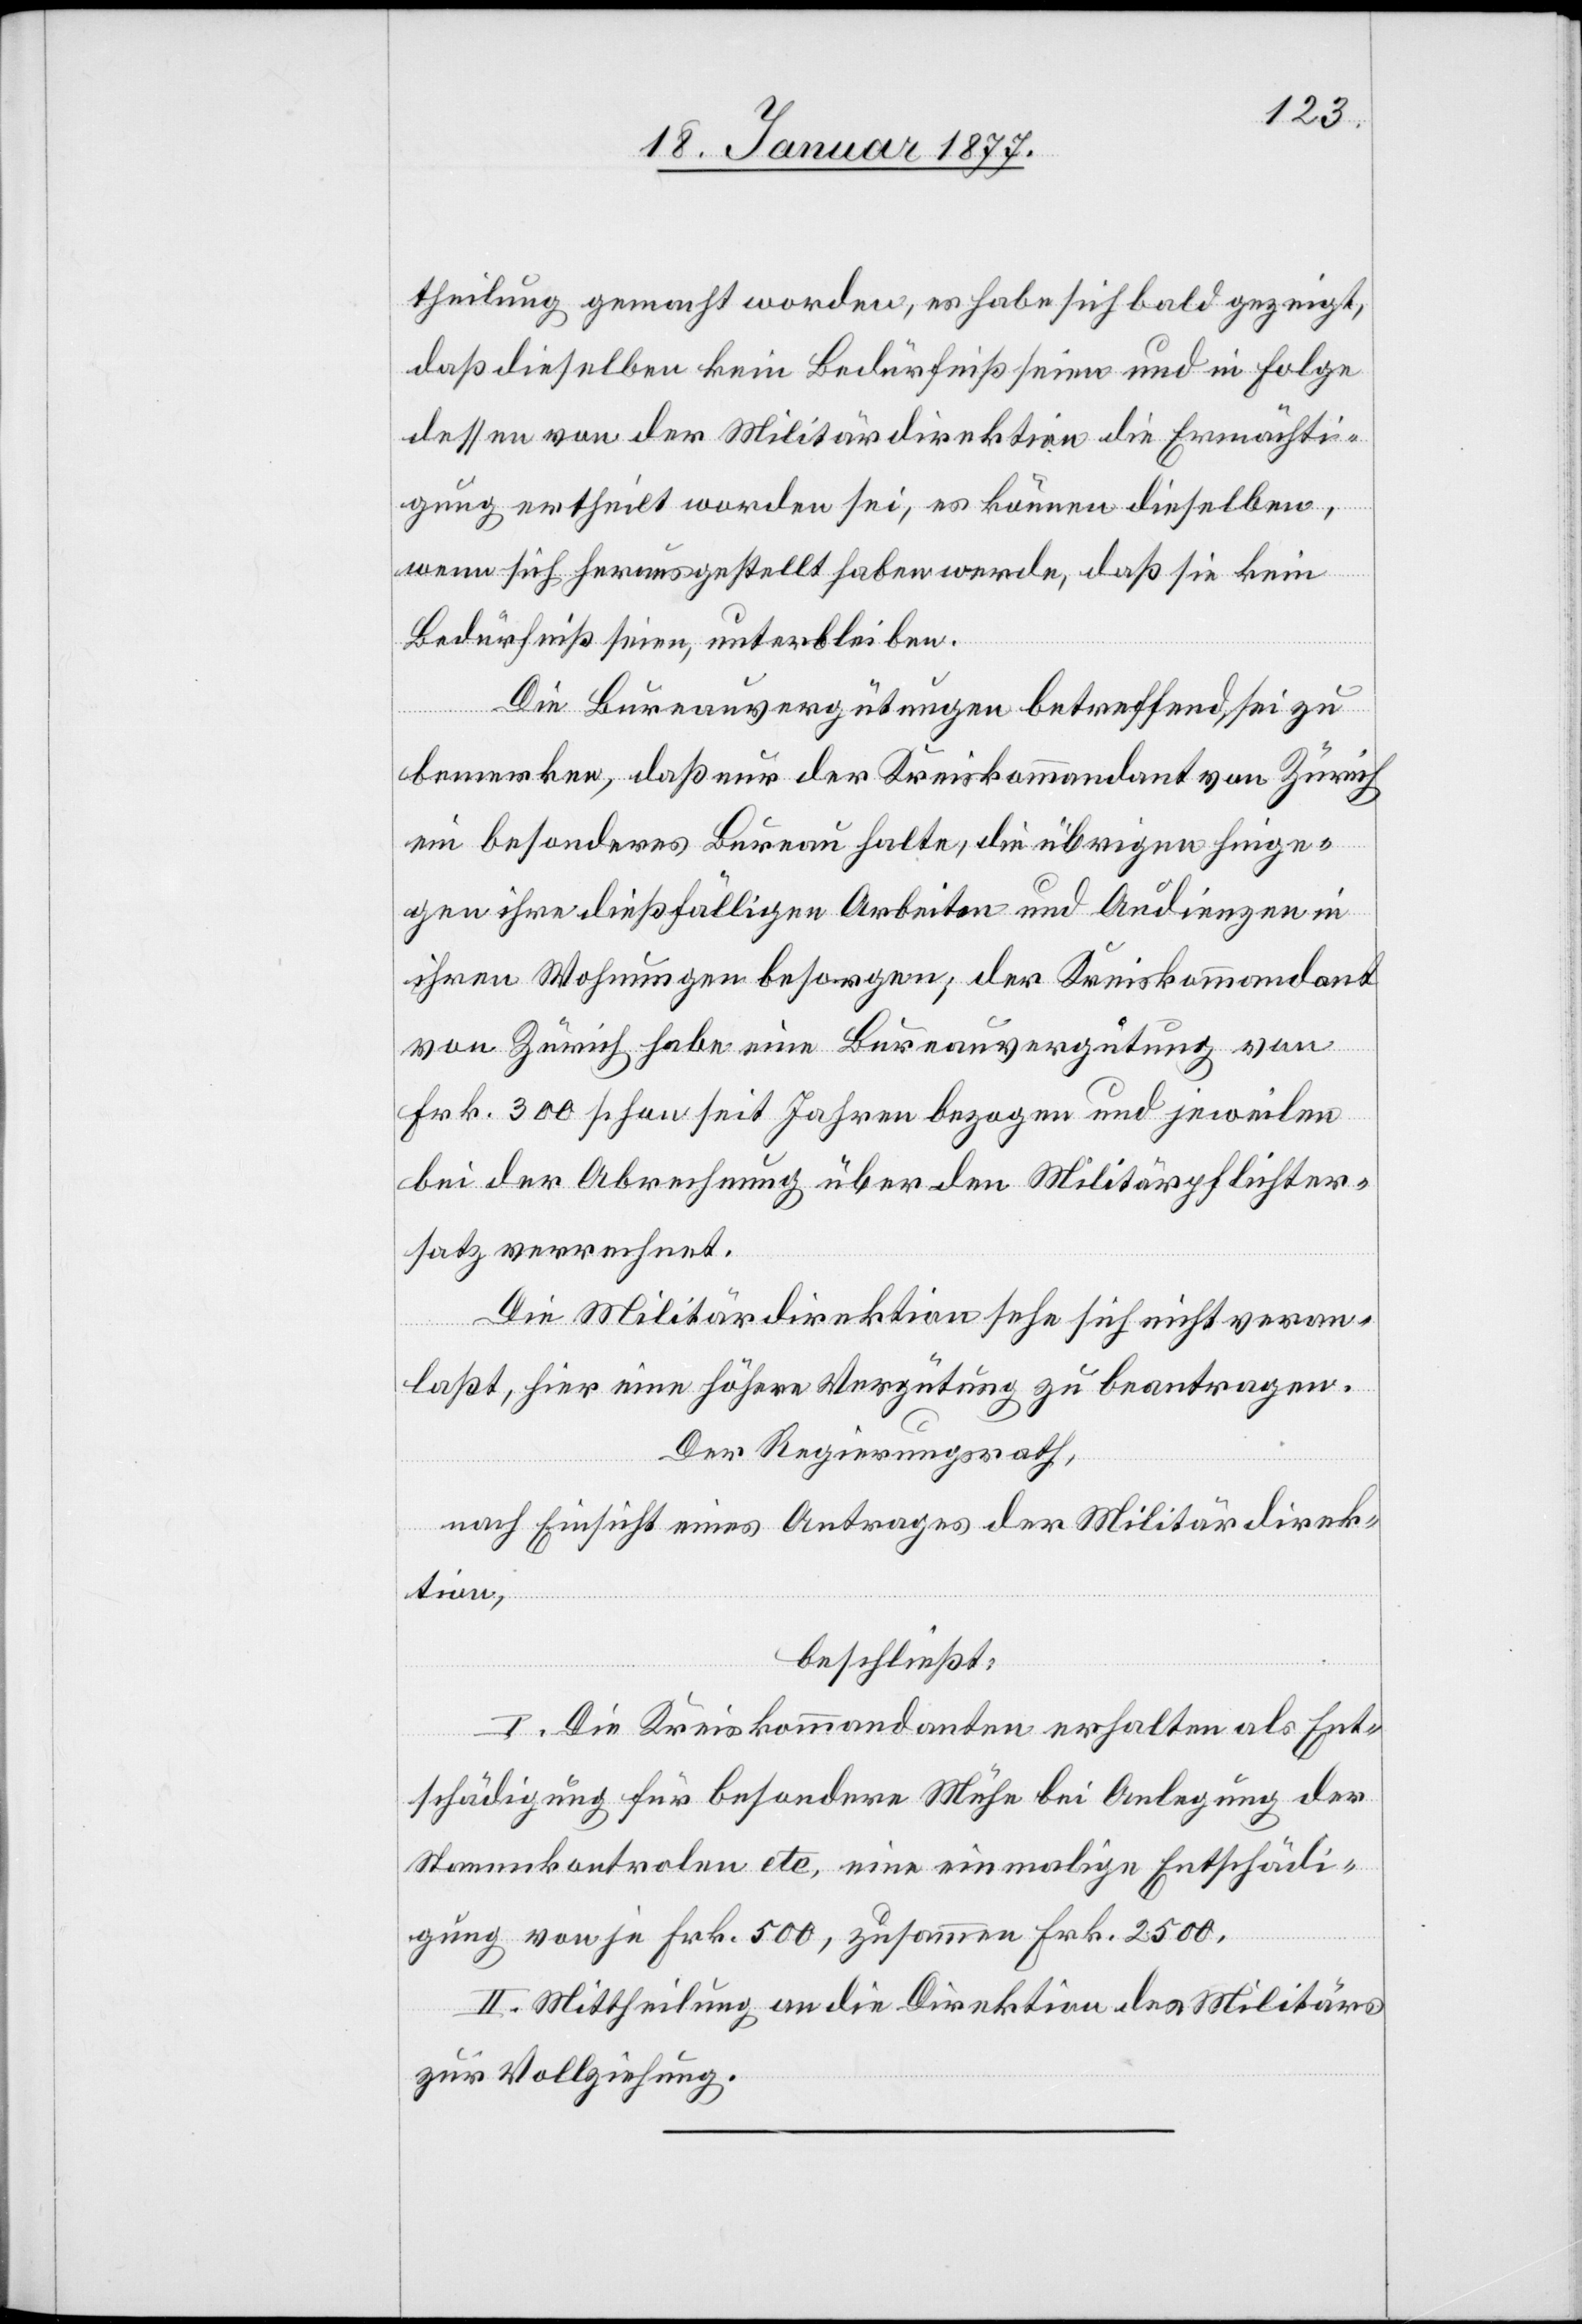
theilung gemacht worden, es habe sich bald gezeigt,
daß dieselben kein Bedürfniß seien und in Folge
dessen von der Militärdirektion die Ermächti¬
gung ertheilt worden sei, es können dieselben,
wenn sich herausgestellt haben werde, daß sie kein
Bedürfniß seien, unterbleiben.
Die Bureauvergütungen betreffend, sei zu
bemerken, daß nur der Kreiskommandant von Zürich
ein besonderes Bureau halte, die übrigen hinge¬
gen ihre dießfälligen Arbeiten und Audienzen in
ihren Wohnungen besorgen; der Kreiskommandant
von Zürich habe eine Bureauvergütung von
Frk. 300 schon seit Jahren bezogen und jeweilen
bei der Abrechnung über den Militärpflichter¬
satz verrechnet.
Die Militärdirektion sehe sich nicht veran¬
laßt, hier eine höhere Vergütung zu beantragen.
Der Regierungsrath,
nach Einsicht eines Antrages der Militärdirek¬
tion,
beschließt:
I. Die Kreiskommandanten erhalten als Ent¬
schädigung für besondere Mühe bei Anlegung der
Stammkontrolen etc. eine einmalige Entschädi¬
gung von je Frk. 500, zusammen Frk. 2500.
II. Mittheilung an die Direktion des Militärs
zur Vollziehung.